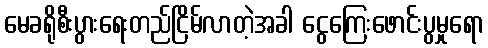
မေခရိုစီးပွားရေးတည်ငြိမ်လာတဲ့အခါ ငွေကြေးဖောင်းပွမှုရော